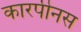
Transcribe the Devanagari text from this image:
कारपीनस